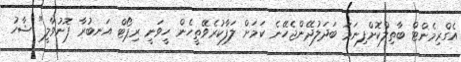
އެގްރިމެންޓް ބާތިލްކޮށްފިނަމަ ބަދަލުދޭންޖެހޭނެ ކަމަށް ލަފާކުރެވޭތީހެން ހީވަނީ ރިޕޯޓް އަނބުރާ ފޮނުވާލީ" ޝާހު